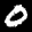
Label: 0